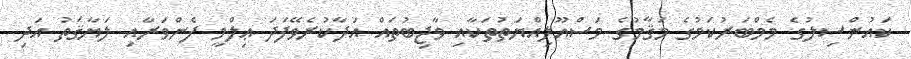
ކައުންސިލުގެ މެމްބަރުކަމުގެ މަޤާމުގެ މަސްއޫލިއްޔަތުތަކާއި ވާޖިބުތައް އަދާކުރެވޭފަދަ ޢިލްމީ ފެންވަރާއި ލަޔާޤަތު އަދި